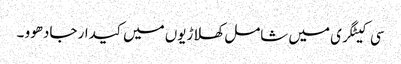
سی کیٹگری میں شامل کھلاڑیوں میں کیدار جادھوو ۔